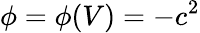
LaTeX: \phi=\phi(V)=-c^{2}